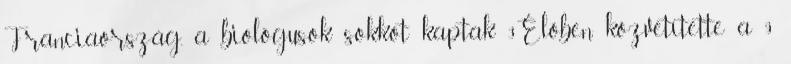
Franciaország, a biológusok sokkot kaptak 3Élőben közvetítette a 9